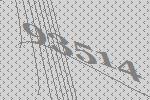
93514